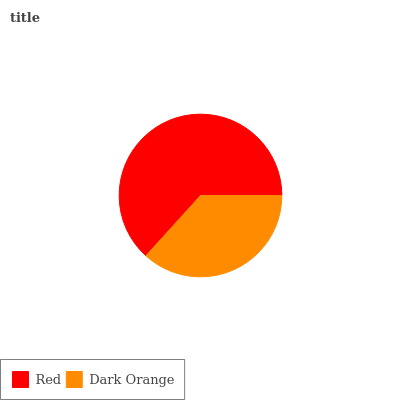
| Red | Dark Orange |
 | --- | --- |
 | 63.3% | 36.7% |